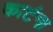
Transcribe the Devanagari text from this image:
काटंगा